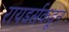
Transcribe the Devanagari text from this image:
रायडर्सकडून